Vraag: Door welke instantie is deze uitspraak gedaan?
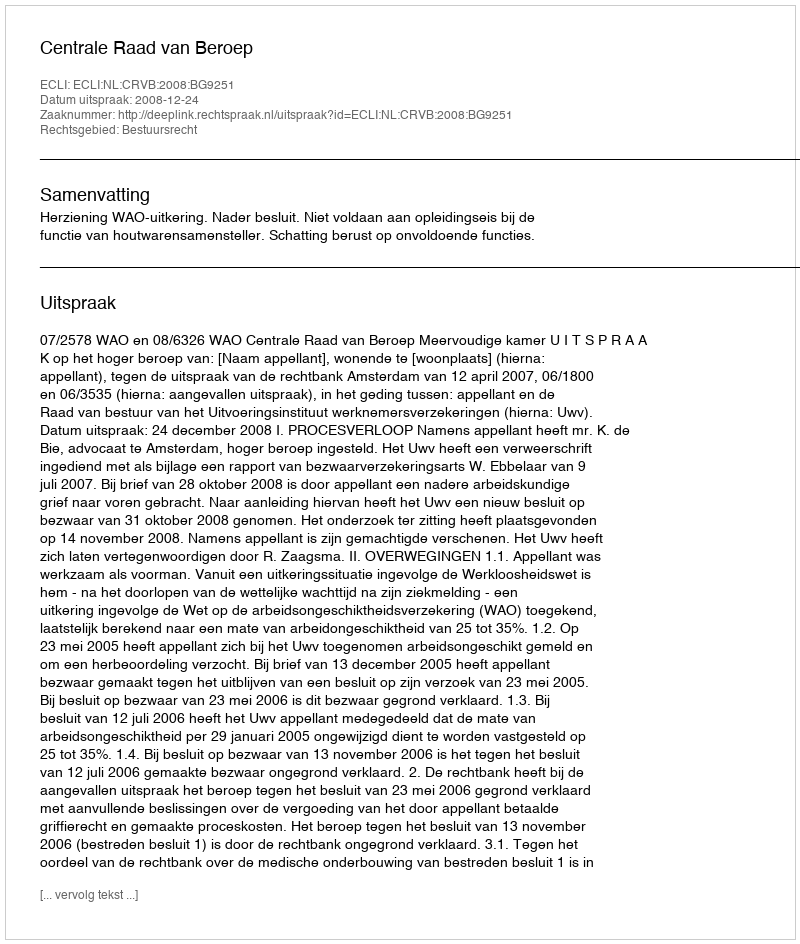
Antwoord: Centrale Raad van Beroep